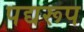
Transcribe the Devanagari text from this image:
पद्यरूप